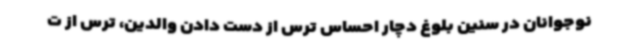
نوجوانان در سنین بلوغ دچار احساس ترس از دست دادن والدین، ترس از ت